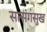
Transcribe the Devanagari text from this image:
सत्संगसुख